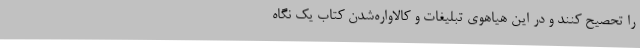
را تحصیح کنند و در این هیاهوی تبلیغات و کالاواره‌شدن کتاب یک نگاه